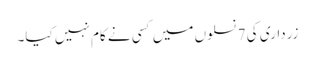
زرداری کی 7 نسلوں میں کسی نے کام نہیں کیا۔